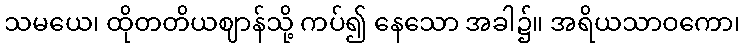
သမယေ၊ ထိုတတိယဈာန်သို့ ကပ်၍ နေသော အခါ၌။ အရိယသာဝကော၊